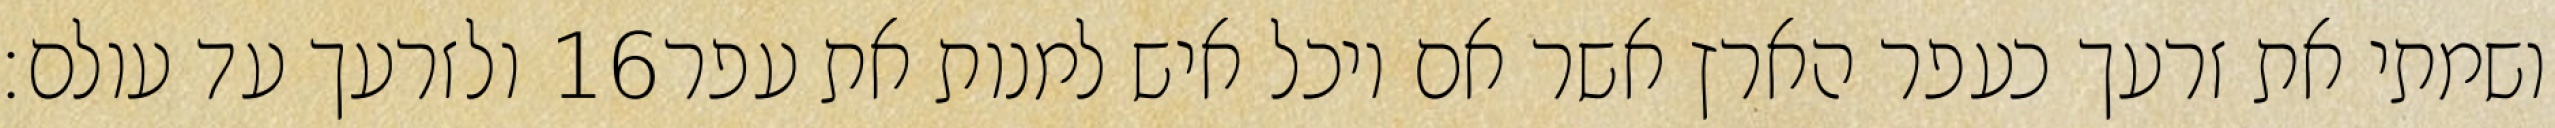
ולזרעך עד עולם׃ ‎16‏ ושמתי את זרעך כעפר הארץ אשר אם יוכל איש למנות את עפר